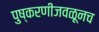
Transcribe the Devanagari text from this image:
पुष्करणीजवळूनच